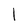
Character: l